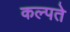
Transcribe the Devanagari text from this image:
कल्पते